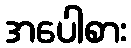
အပေါစား